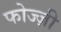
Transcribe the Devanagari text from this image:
फोज्ज़ी